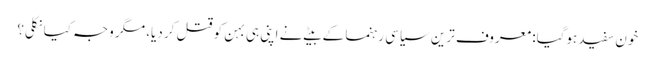
خون سفید ہوگیا: معروف ترین سیاسی رہنما کے بیٹے نے اپنی ہی بہن کو قتل کر دیا، مگر وجہ کیا نکلی؟